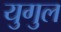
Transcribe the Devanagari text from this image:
युगुल